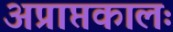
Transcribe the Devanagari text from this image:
अप्राप्तकालः